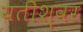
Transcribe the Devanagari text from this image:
यतीश्वर